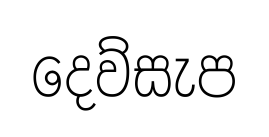
දෙව්සැප